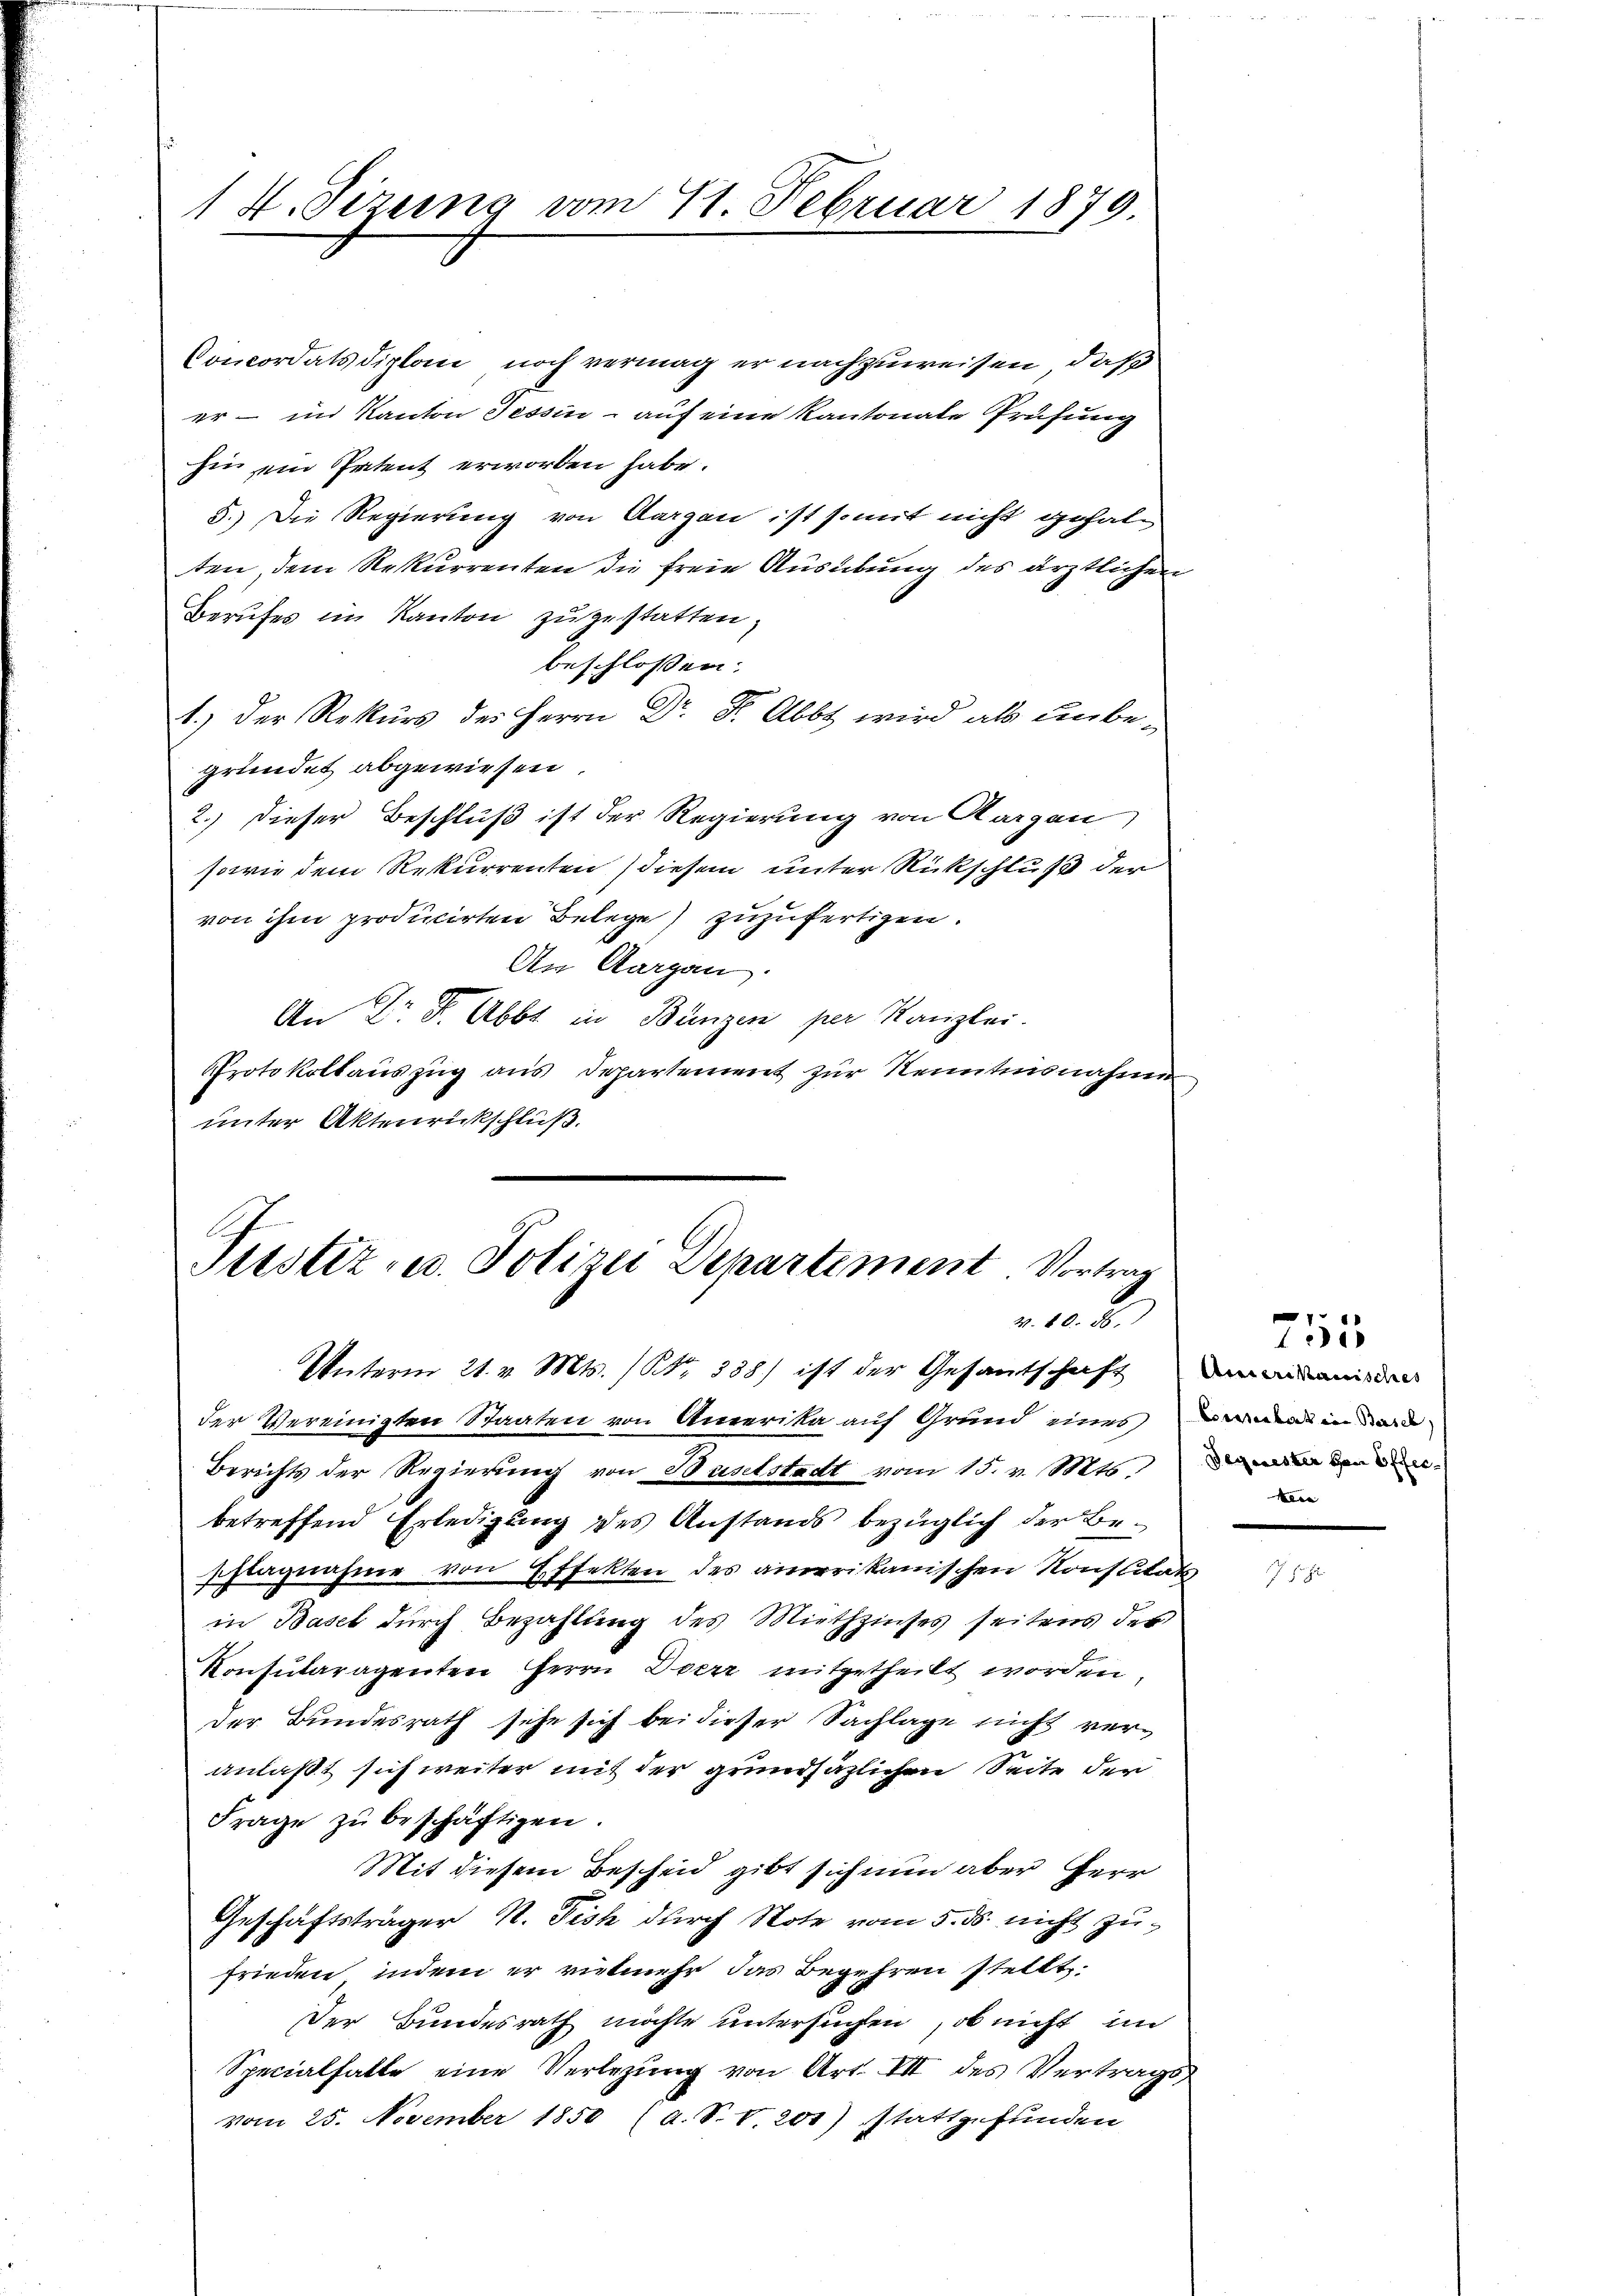
1 4. Sizung vom 11. Februar 1879.

Concordats diplan noch vermag er nachzuweisen, daß
er - im Kanton Tessin - auf eine Kantonale Prüfung
hin ein Patent erworben habe.
5.) Die Regierung von Aargau ist somit nicht gehalten, dem Rekurrenten die freie Ausübung des ärztlichen
Berufes im Kanton zugestatten,
beschlossen:
1.) Der Rekurs des Herrn Dr. Dr. Abbt wird als Einbegründet abgewiesen.
2.) Dieser Beschluß ist der Regierung von Aargau
sowie dem Rekurrenten diesem unter Rückschluß der
von ihm producirten Belege zuzufertigen.
An Aargau.
An Dr. Dr. Abbt in Bünzen per Kanzlei.
Protokollaŭszŭg aŭs Departement zur Kenntnisnahme
unter Aktenrückschluß.

E
Piustiz- u. Polizei Departement Vortrag
v. 20. De

Unterm 21. v. Mts. (Nr. 338) ist der Gesantschaft dem minden

der Vereinigten Staaten von Anverika auf Grund eines vermag in d
Berichts der Regierung von Baselstadt vom 15. v. Mts. von den
betreffend Erledigung des Anstands bezüglich der Beschlagnahme von Effekten des anorrikanischen Konstitäts
in Basel durch Bezahlung des Miethzinses seitens der
Konsularagenten HHerrn Doerr mitgetheilt worden.
der Bundesrath sehe sich bei dieser Sachlage nicht veranlaßt sich weiter mit der grundsäzlichen Seite der
Frage zŭ beschäftigen.
Mit diesem Bescheid gibt sich nun aber Herr
Geschäftsträger N. Fish durch Note vom 5. ds. nicht zufrieden, indem er vielmehr das Begehren stellt.
Der Bundesrath möchte untersuchen, ob nicht im
Specialfalle eine Verlegŭng von Art. VII des Vertrags
vom 25. November 1850 (a. P. V. 201) stattgefunden

Meie

215